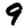
Digit: 9